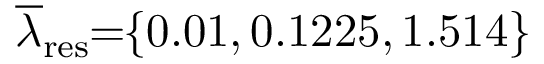
\! \! \! \! \overline { { \lambda } } _ { \mathrm { { r e s } } } \! \! = \! \! \{ 0 . 0 1 , 0 . 1 2 2 5 , 1 . 5 1 4 \} \! \! \!